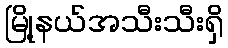
မြို့နယ်အသီးသီးရှိ